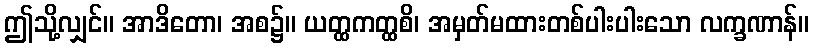
ဤသို့လျှင်။ အာဒိတော၊ အစ၌။ ယတ္ထကတ္ထစိ၊ အမှတ်မထားတစ်ပါးပါးသော လက္ခဏာန်။